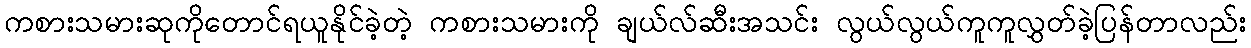
ကစားသမားဆုကိုတောင်ရယူနိုင်ခဲ့တဲ့ ကစားသမားကို ချယ်လ်ဆီးအသင်း လွယ်လွယ်ကူကူလွှတ်ခဲ့ပြန်တာလည်း